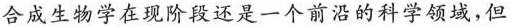
合成生物学在现阶段还是一个前沿的科学领域，但